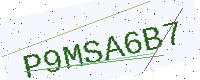
Text: P9MSA6B7